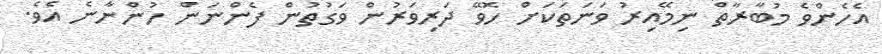
އެހެންވެ މުބާރާތް ނިމޭއިރު ވަނަތަކަށް ހޮވޭ ދަރިވަރުން ވަގުތުން ފެންނަން ހުންނާނެ އެވެ.